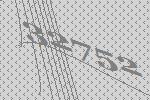
32752